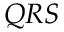
Q R S